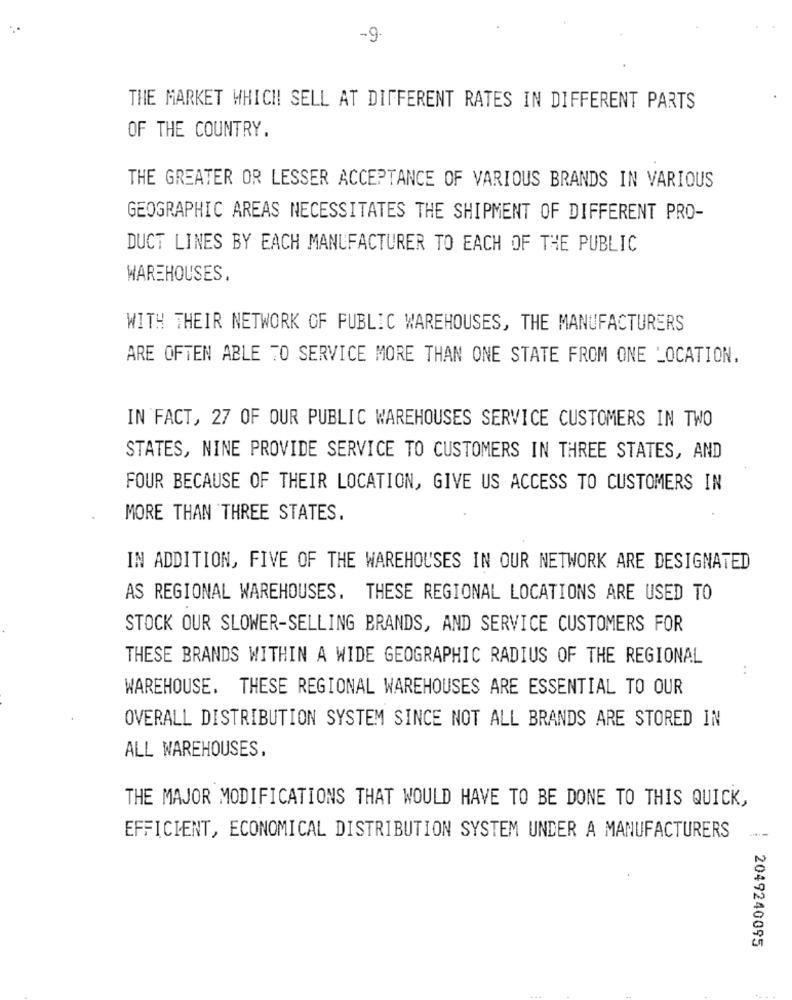
-9-
THE MARKET WHICH SELL AT DIFFERENT RATES IN DIFFERENT PARTS
OF THE COUNTRY.
THE GREATER OR LESSER ACCEPTANCE OF VARIOUS BRANDS IN VARIOUS
GEOGRAPHIC AREAS NECESSITATES THE SHIPMENT OF DIFFERENT PRO-
DUCT LINES BY EACH MANUFACTURER TO EACH OF THE PUBLIC
WAREHOUSES,
WITH THEIR NETWORK OF PUBLIC WAREHOUSES, THE MANUFACTURERS
ARE OFTEN ABLE TO SERVICE MORE THAN ONE STATE FROM ONE LOCATION.
IN FACT, 27 OF OUR PUBLIC WAREHOUSES SERVICE CUSTOMERS IN TWO
STATES, NINE PROVIDE SERVICE TO CUSTOMERS IN THREE STATES, AND
FOUR BECAUSE OF THEIR LOCATION, GIVE US ACCESS TO CUSTOMERS IN
MORE THAN THREE STATES.
IN ADDITION, FIVE OF THE WAREHOUSES IN OUR NETWORK ARE DESIGNATED
AS REGIONAL WAREHOUSES. THESE REGIONAL LOCATIONS ARE USED TO
STOCK OUR SLOWER-SELLING BRANDS, AND SERVICE CUSTOMERS FOR
THESE BRANDS WITHIN A WIDE GEOGRAPHIC RADIUS OF THE REGIONAL
..
WAREHOUSE. THESE REGIONAL WAREHOUSES ARE ESSENTIAL TO OUR
OVERALL DISTRIBUTION SYSTEM SINCE NOT ALL BRANDS ARE STORED IN
ALL WAREHOUSES,
THE MAJOR MODIFICATIONS THAT WOULD HAVE TO BE DONE TO THIS QUICK,
EFFICIENT, ECONOMICAL DISTRIBUTION SYSTEM UNDER A MANUFACTURERS
2049240095